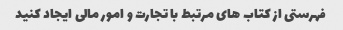
فهرستی از کتاب های مرتبط با تجارت و امور مالی ایجاد کنید